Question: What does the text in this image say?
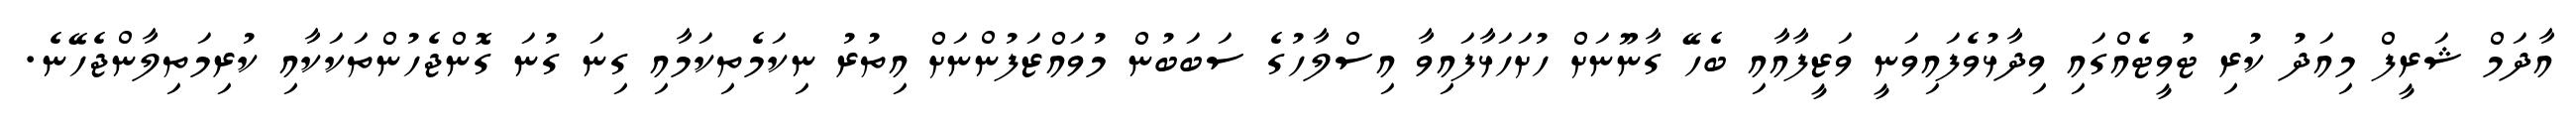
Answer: އާދަމް ޝަރީފް މިއަދު ކުރި ޓުވީޓެއްގައި ވިދާޅުވެފައިވަނީ ވަޒީފާއާއި ބެހޭ ގާނޫނަށް ހުށަހަޅާފައިވާ އިސްލާހުގެ ސަބަބުން މުވައްޒަފުންނަށް އިތުރު ނިކަމެތިކަމާއި ގިނަ ގުނަ ގޮންޖެހުންތަކަކާއި ކުރިމަތިލާންޖެހޭނެ.